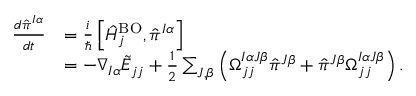
\begin{array} { r l } { \frac { d { \hat { \pi } } ^ { I \alpha } } { d t } } & { = \frac i { \hbar } \left[ \hat { H } _ { j } ^ { \mathrm { B O } } , { \hat { \pi } ^ { I \alpha } } \right] } \\ & { = - \nabla _ { I \alpha } \tilde { E } _ { j j } + \frac 1 2 \sum _ { J , \beta } \left( \Omega _ { j j } ^ { I \alpha J \beta } { \hat { \pi } } ^ { J \beta } + { \hat { \pi } } ^ { J \beta } \Omega _ { j j } ^ { I \alpha J \beta } \right) . } \end{array}